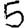
Digit: 5